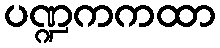
ပဏ္ဍကကထာ